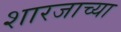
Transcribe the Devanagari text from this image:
शारजाच्या